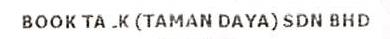
BOOK TA .K(TAMAN DAYA) SDN BND